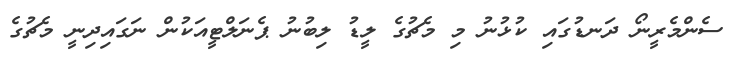
ސެންމެރީނޯ ދަނޑުގައި ކުޅުނު މި މެޗުގެ ލީޑު ލިބުނު ޕެނަލްޓީއަކުން ނަގައިދިނީ މެޗުގެ